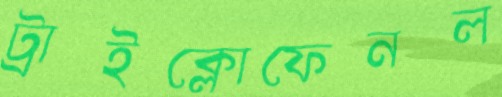
ট্রাইক্লোফেনল